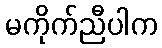
မကိုက်ညီပါက